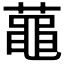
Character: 𪓔